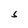
Character: S